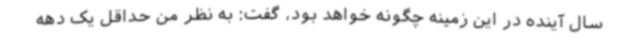
سال آینده در این زمینه چگونه خواهد بود، گفت: به نظر من حداقل یک دهه